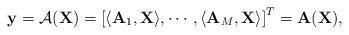
LaTeX: \begin{align*} \mathbf{y}= \mathcal{A}(\mathbf{X})= \left[ \langle \mathbf{A}_1, \mathbf{X} \rangle , \cdots, \langle \mathbf{A}_M, \mathbf{X} \rangle \right]^T = \mathbf{A} (\mathbf{X}), \end{align*}